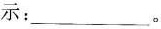
表示：___ 。